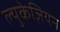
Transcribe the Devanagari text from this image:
ल्युकेज़ियन